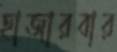
হাজারবার